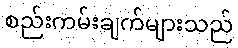
စည်းကမ်းချက်များသည်